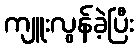
ကျူးလွန်ခဲ့ပြီး